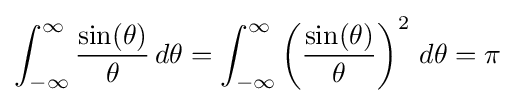
\int _{-\infty }^{\infty }{\frac {\sin(\theta )}{\theta }}\,d\theta =\int _{-\infty }^{\infty }\left({\frac {\sin(\theta )}{\theta }}\right)^{2}\,d\theta =\pi